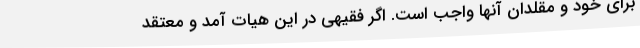
برای خود و مقلدان آنها واجب است. اگر فقیهی در این هیات آمد و معتقد